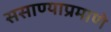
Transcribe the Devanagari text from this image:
ससाण्याप्रमाणे